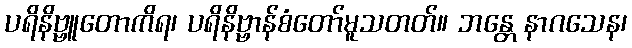
ပရိနိဗ္ဗူတောကိရ၊ ပရိနိဗ္ဗာန်စံတော်မူသတတ်။ ဘန္တေ နာဂသေန၊